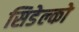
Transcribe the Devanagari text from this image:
सिडेल्को